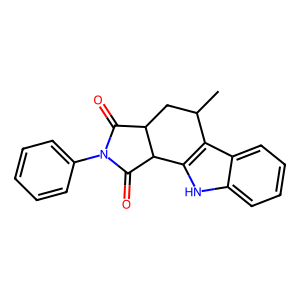
SMILES: CC1CC2C(=O)N(c3ccccc3)C(=O)C2c2[nH]c3ccccc3c21
Inhibits HIV replication: No